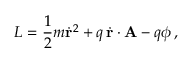
L = { \frac { 1 } { 2 } } m { \dot { \mathbf { r } } } ^ { 2 } + q \, { \dot { \mathbf { r } } } \cdot \mathbf { A } - q \phi \, ,